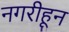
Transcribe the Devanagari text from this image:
नगरीहून